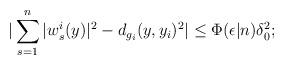
LaTeX: \begin{align*}|\sum\limits_{s= 1}^{n}|w^i_s(y)|^2 - d_{g_i}(y, y_i)^2|\leq \Phi(\epsilon|n)\delta_0^2;\end{align*}